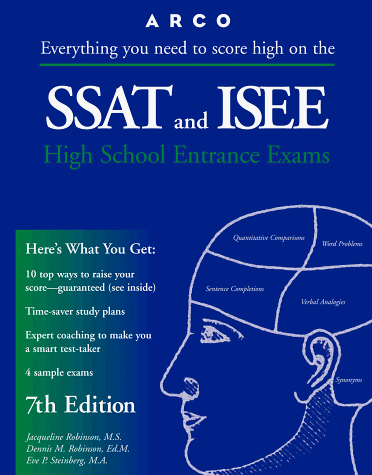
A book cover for SSAT & ISEE 7E (Master the Ssat and Isee); Arco; Test Preparation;